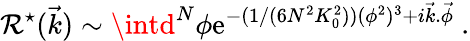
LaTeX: \mathcal{R}^{\star}(\vec{{k}})\sim\intd^{N}\phi\mathrm{{e}}^{-(1/(6N^{2}K_{0}^{2}))(\phi^{2})^{3}+i\vec{{k}}.\vec{{\phi}}}\ .